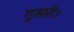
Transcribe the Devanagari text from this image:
गुजारी।